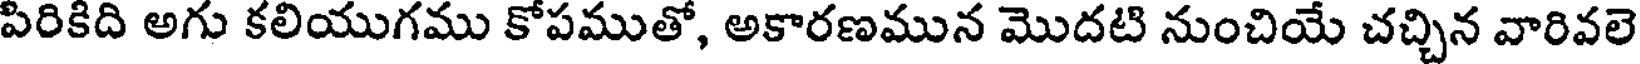
పిరికిది అగు కలియుగము కోపముతో, అకారణమున మొదటి నుంచియే చచ్చిన వారివలె